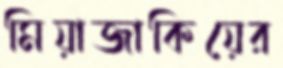
মিয়াজাকিয়ের